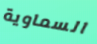
السماوية